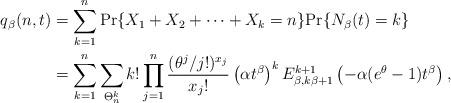
LaTeX: \begin{align*}q_{\beta}(n,t)&=\sum_{k=1}^{n}\mathrm{Pr}\{X_{1}+X_{2}+\dots+X_{k}=n\}\mathrm{Pr}\{N_{\beta}(t)=k\}\\&=\sum_{k=1}^{n}\sum_{\Theta_{n}^{k}}k!\prod_{j=1}^{n}\frac{(\theta^{j}/j!)^{x_{j}}}{x_{j}!}\left(\alpha t^{\beta}\right)^{k}E_{\beta,k\beta+1}^{k+1}\left(-\alpha(e^{\theta}-1)t^{\beta}\right),\end{align*}